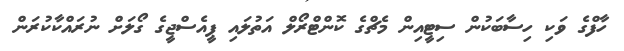
ހާފްގެ ވަކި ހިސާބަކުން ސިޓީއިން މެޗްގެ ކޮންޓްރޯލް އަތުލައި ޕީއެސްޖީގެ ގޯލަށް ނުރައްކާކުރަން